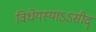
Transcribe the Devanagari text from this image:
विधेयस्याऽऽसीद्